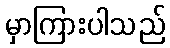
မှာကြားပါသည်